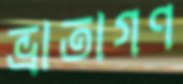
ভ্রাতাগণ